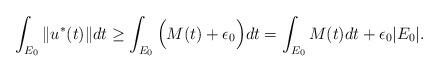
LaTeX: \begin{align*}\int_{E_0}\|u^*(t)\|dt \geq \int_{E_0} \Big(M(t)+\epsilon_0\Big)dt=\int_{E_0}M(t)dt+\epsilon_0|E_0|.\end{align*}